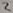
Text: 2